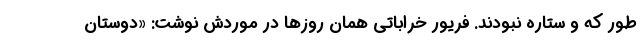
طور که و ستاره نبودند. فریور خراباتی همان روزها در موردش نوشت: «دوستان